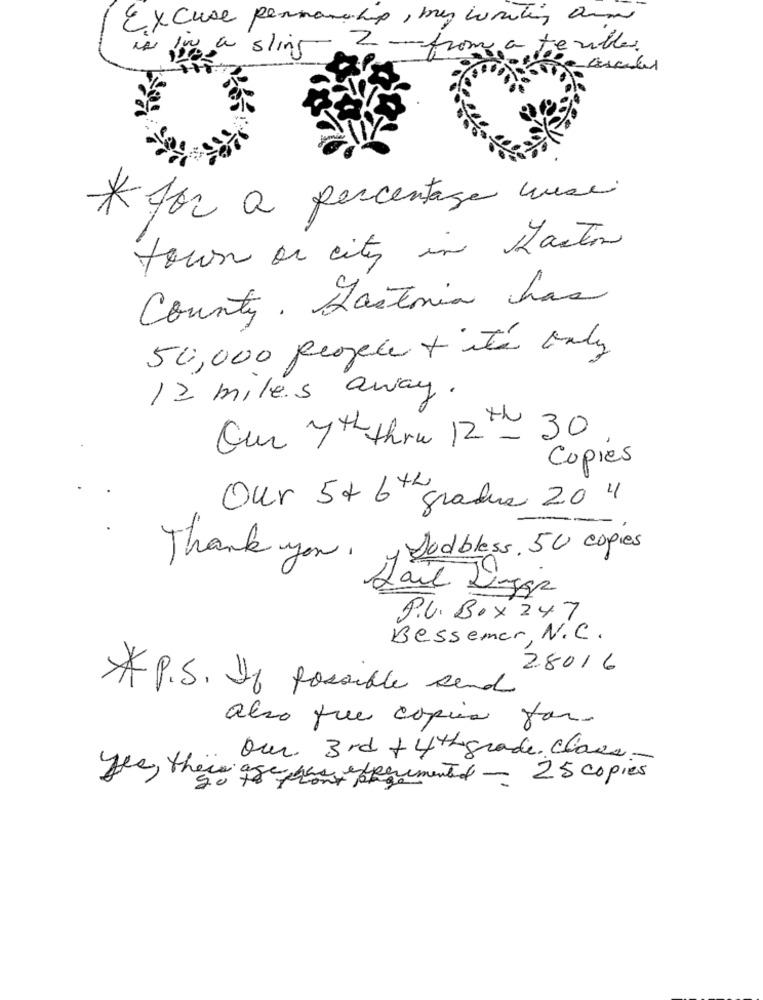
Excuse penmanship, muy working arm
is you a sling 2- from a terbles.
* for a percentage musei
town on city in action
County. Gastonia has
50,000 people + its only
12 miles away.
Cur 7 th thru 12 th 30
Copies
Our 5x 6th
gradus 20 4
1 Dedbless, 50 copies
Thank you.
Hail Ligga
P.V. Box 247
Bessemer, N.C.
28016
* P.S. If possible send
also que copia par-
Our 3rd +4thgrade. claus-
yes, their age han experimentet - 25 copies